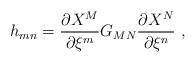
LaTeX: \begin{align*}h_{mn}=\frac{\partial X^M}{\partial\xi^m} G_{MN}\frac{\partial X^N}{\partial\xi^n} \ ,\end{align*}